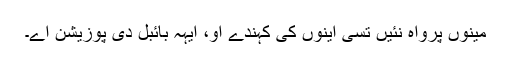
مینوں پرواہ نئیں تُسی اینوں کی کہندے اُو، ایہہ بائبل دی پوزیشن اے۔